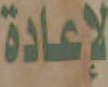
لإعادة